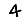
Digit: 4